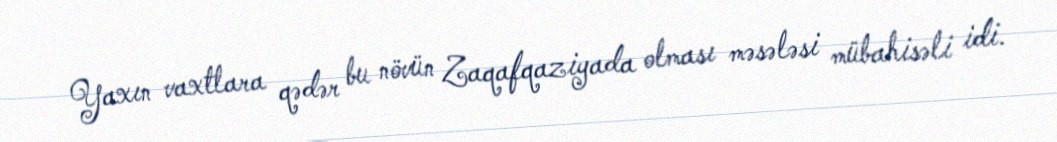
Yaxın vaxtlara qədər bu növün Zaqafqaziyada olması məsələsi mübahisəli idi.